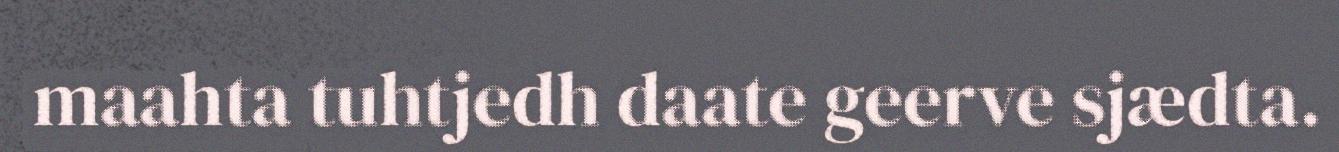
maahta tuhtjedh daate geerve sjædta.